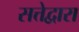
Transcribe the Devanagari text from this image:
सत्तेद्वारा